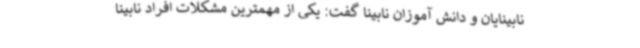
نابینایان و دانش آموزان نابینا گفت: یکی از مهمترین مشکلات افراد نابینا